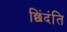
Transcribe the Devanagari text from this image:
छिंदंति